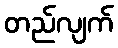
တည်လျက်